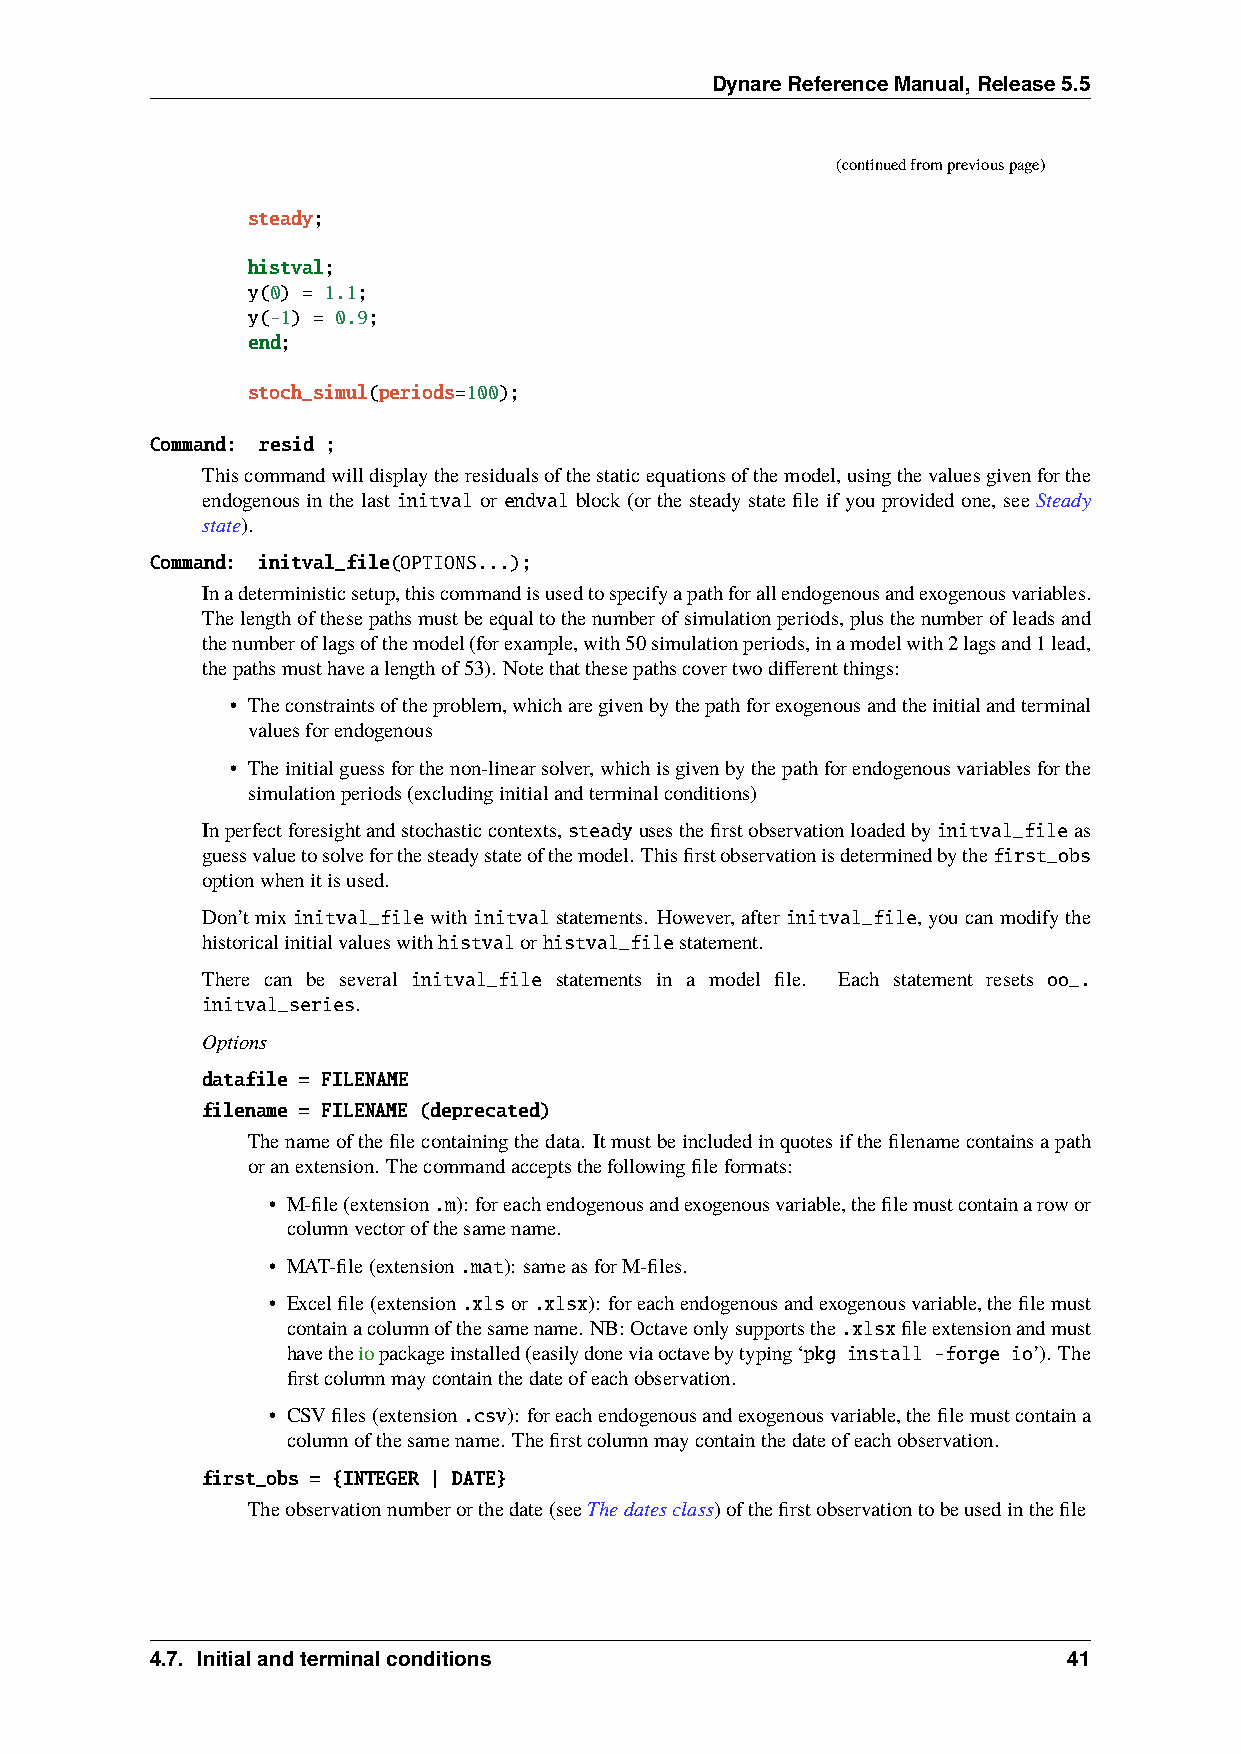
DynareReferenceManual,Release5.5
 (continuedfrompreviouspage)
 steady;
 histval;
 y(0) = 1.1;
 y(-1) = 0.9;
 end;
 stoch_simul(periods=100);
 Command: resid ;
 Thiscommandwilldisplaytheresidualsofthestaticequationsofthemodel,usingthevaluesgivenforthe
 endogenous in the last initval or endval block (or the steady state file if you provided one, see Steady
 state).
 Command: initval_file(OPTIONS...);
 Inadeterministicsetup,thiscommandisusedtospecifyapathforallendogenousandexogenousvariables.
 Thelengthofthesepathsmustbeequaltothenumberofsimulationperiods,plusthenumberofleadsand
 thenumberoflagsofthemodel(forexample,with50simulationperiods,inamodelwith2lagsand1lead,
 thepathsmusthavealengthof53). Notethatthesepathscovertwodifferentthings:
 • Theconstraintsoftheproblem,whicharegivenbythepathforexogenousandtheinitialandterminal
 valuesforendogenous
 • Theinitialguessforthenon-linearsolver,whichisgivenbythepathforendogenousvariablesforthe
 simulationperiods(excludinginitialandterminalconditions)
 Inperfectforesightandstochasticcontexts,steadyusesthefirstobservationloadedbyinitval_fileas
 guessvaluetosolveforthesteadystateofthemodel. Thisfirstobservationisdeterminedbythefirst_obs
 optionwhenitisused.
 Don’tmixinitval_filewith initvalstatements. However,after initval_file,youcanmodifythe
 historicalinitialvalueswithhistvalorhistval_filestatement.
 There can be several initval_file statements in a model file. Each statement resets oo_.
 initval_series.
 Options
 datafile = FILENAME
 filename = FILENAME (deprecated)
 Thenameofthefilecontainingthedata. Itmustbeincludedinquotesifthefilenamecontainsapath
 oranextension. Thecommandacceptsthefollowingfileformats:
 • M-file(extension.m): foreachendogenousandexogenousvariable,thefilemustcontainarowor
 columnvectorofthesamename.
 • MAT-file(extension.mat): sameasforM-files.
 • Excelfile(extension.xlsor.xlsx): foreachendogenousandexogenousvariable,thefilemust
 containacolumnofthesamename. NB:Octaveonlysupportsthe.xlsxfileextensionandmust
 havetheiopackageinstalled(easilydoneviaoctavebytyping‘pkg install -forge io’). The
 firstcolumnmaycontainthedateofeachobservation.
 • CSVfiles(extension.csv): foreachendogenousandexogenousvariable,thefilemustcontaina
 columnofthesamename. Thefirstcolumnmaycontainthedateofeachobservation.
 first_obs = {INTEGER | DATE}
 Theobservationnumberorthedate(seeThedatesclass)ofthefirstobservationtobeusedinthefile
 4.7. Initialandterminalconditions                            41